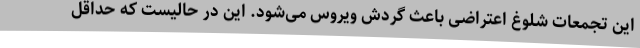
این تجمعات شلوغ اعتراضی باعث گردش ویروس می‌شود. این در حالیست که حداقل